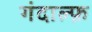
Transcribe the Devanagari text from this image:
गंदाल्फ़